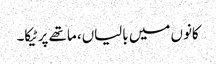
کانوں میں بالیاں، ماتھے پر ٹیکا۔